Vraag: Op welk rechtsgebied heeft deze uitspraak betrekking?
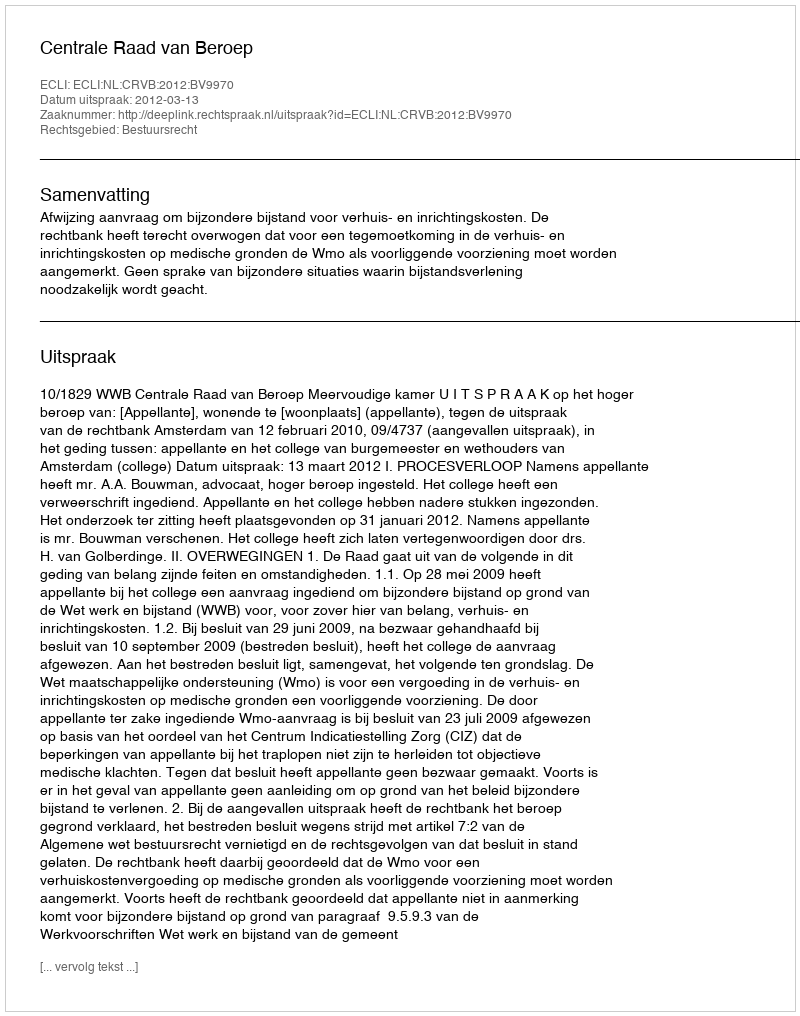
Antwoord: Bestuursrecht